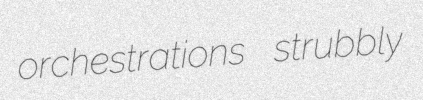
orchestrations strubbly